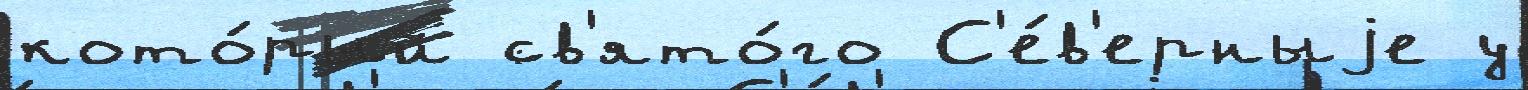
кото́рый св'ято́го С'е́в'ерныjе у